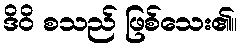
ဒိဝိ စသည် ဖြစ်သေး၏။